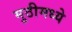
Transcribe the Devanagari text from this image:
मुठीमध्ये